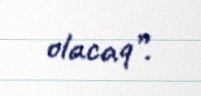
olacaq”.